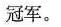
冠军。